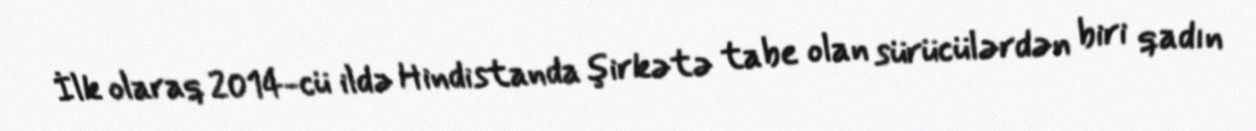
İlk olaraq 2014-cü ildə Hindistanda şirkətə tabe olan sürücülərdən biri qadın